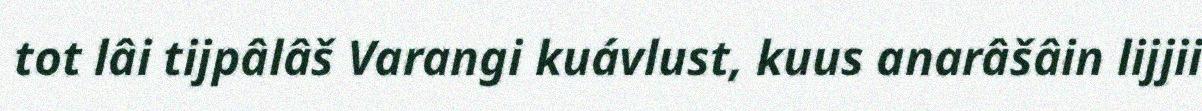
tot lâi tijpâlâš Varangi kuávlust, kuus anarâšâin lijjii